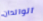
الوالدان